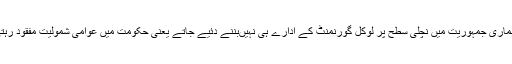
پہلے ہماری جمہوریت میں نچلی سطح پر لوکل گورنمنٹ کے ادارے ہی نہیںبننے دئیے جاتے یعنی حکومت میں عوامی شمولیت مفقود رہتی ہے۔